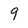
Character: 9